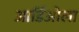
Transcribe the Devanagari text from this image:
आर्डिओला